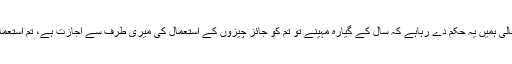
یہاں تو اللہ تعالیٰ ہمیں یہ حکم دے رہاہے کہ سال کے گیارہ مہینے تو تم کو جائز چیزوں کے استعمال کی میری طرف سے اجازت ہے، تم استعمال کرو ان کو۔